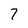
Character: 7